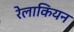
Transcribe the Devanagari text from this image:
रेलाकियन